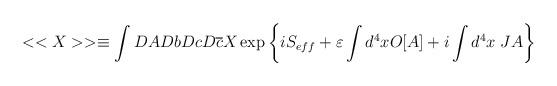
LaTeX: \begin{align*}<<X>>\equiv \int DADbDcD\overline{c}X\exp \left\{ iS_{eff}+\varepsilon \int d^{4}xO[A]+i\int d^{4}x\; JA\right\}\end{align*}